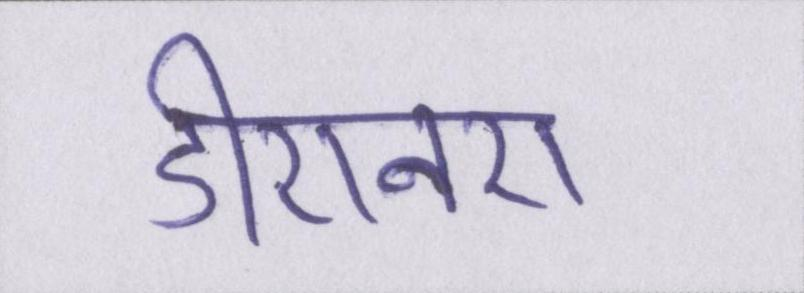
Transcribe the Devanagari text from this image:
डीएनए